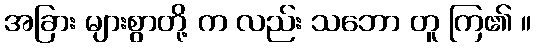
အခြား များစွာတို့ က လည်း သဘော တူ ကြ၏ ။